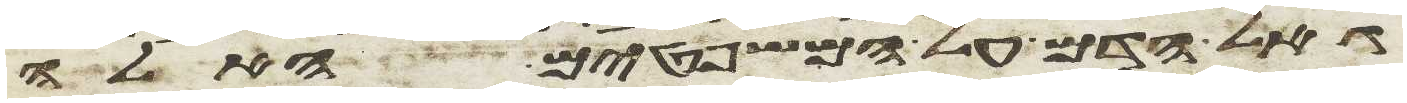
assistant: גאל הדם על המשפטים האלה